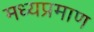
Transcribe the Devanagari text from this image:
मध्यप्रमाण